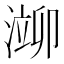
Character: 𬈢